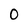
Character: 0